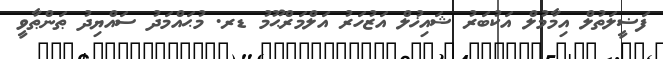
ފަޟީލަތުލް އިމާމުލް އަކުބަރު ޝައިޚުލް އަޒުހަރު އަލްމަރްޙޫމު ޑރ. މުޙައްމަދު ސައްޔިދު ޠަންޠާވީ